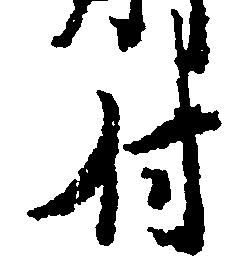
付